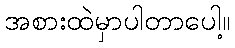
အစားထဲမှာပါတာပေါ့။